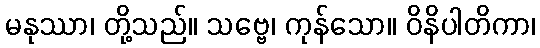
မနုဿာ၊ တို့သည်။ သဗ္ဗေ၊ ကုန်သော။ ဝိနိပါတိကာ၊